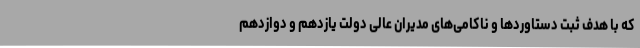
که با هدف ثبت دستاوردها و ناکامی‌های مدیران عالی دولت یازدهم و دوازدهم